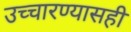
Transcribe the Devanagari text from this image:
उच्चारण्यासही